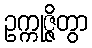
ဥက္ကုဇ္ဇိတွာ